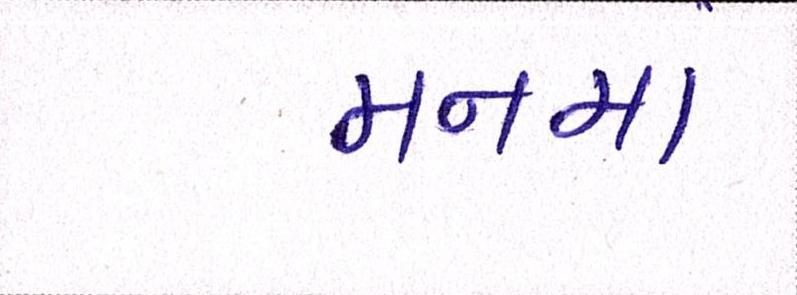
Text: મનમાં